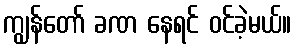
ကျွန်တော် ခဏ နေရင် ဝင်ခဲ့မယ်။